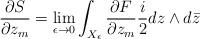
LaTeX: \begin{align*}\frac{\partial S}{\partial z_m}= \lim_{\epsilon \rightarrow 0}\int_{X_\epsilon} \frac{\partial F}{\partial z_m} \frac{i}{2}dz\wedge d\bar z\end{align*}